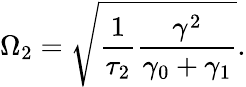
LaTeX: \Omega_{2}=\sqrt{\frac{1}{\tau_{2}}\frac{\gamma^{2}}{\gamma_{0}+\gamma_{1}}}.